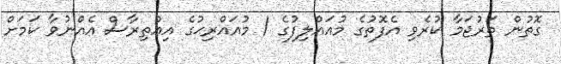
ގޮތުން ތަރުޖަމާ ކުރެވި އެފޮތުގެ މުއައްލިފުގެ / މުއައްރިޙުގެ އިއްތިރާސް އެއްނުވާ ކަމަށް